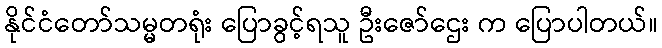
နိုင်ငံတော်သမ္မတရုံး ပြောခွင့်ရသူ ဦးဇော်ဌေး က ပြောပါတယ်။